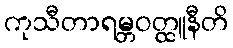
ကုသီတာရမ္ဘဝတ္ထူနီတိ